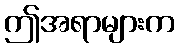
ဤအရာများက